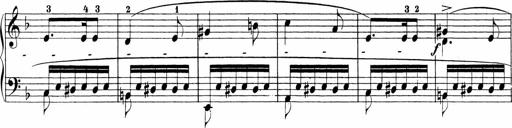
Title: Sonatinen Op.47, 98 und 136, nebst 6 Liedersonatinen
Composer: Carl Reinecke